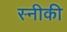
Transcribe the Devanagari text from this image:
स्नीकी